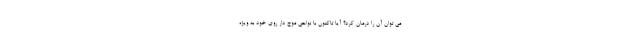
می توان آن را درمان کرد؟ آیا تاکنون با نواحی موج دار روی خود به ویژه